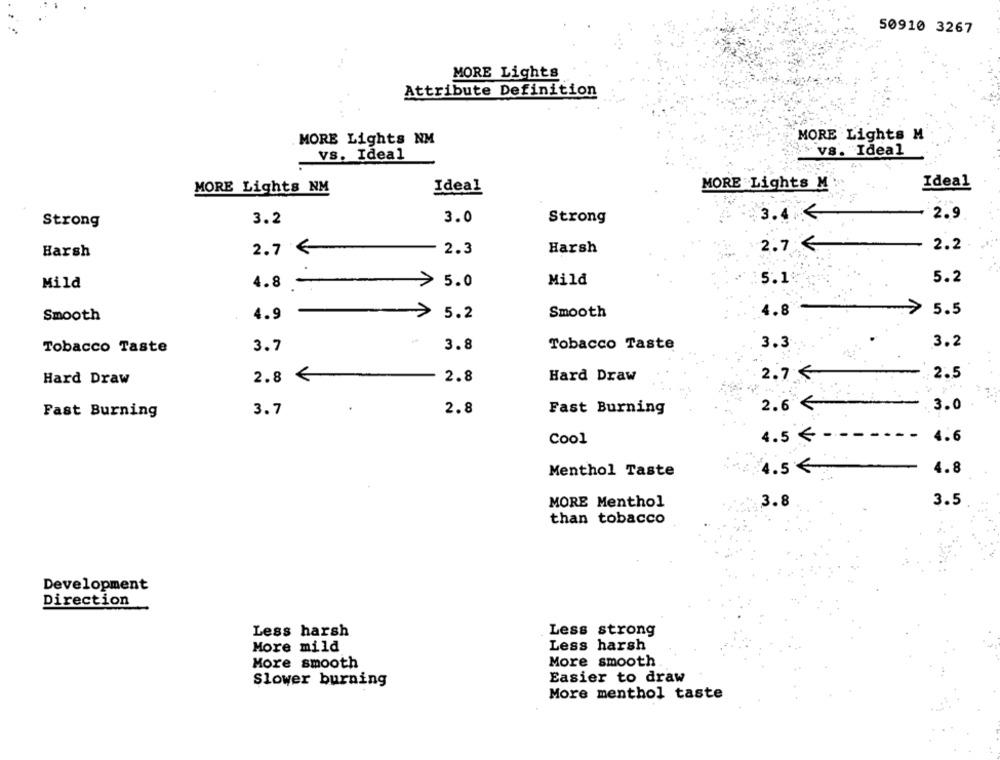
50910 3267
MORE Lights
Attribute Definition
MORE Lights M
MORE Lights NM
vs. Ideal
vs. Ideal
MORE Lights NM
Ideal
MORE Lights M
Ideal
3.2
3.0
Strong
3.4.
2.9
Strong
2.7
2.3
Harsh
2.7
2.2
Harsh
Mild
5.1
5.2
Mild
4.8
>
5.0
4.8
5.5
Smooth
4.9
>
5.2
Smooth
3.2
Tobacco Taste
3.7
3.8
Tobacco Taste
3.3
Hard Draw
2.8 €
2.8
Hard Draw
2.7 €
2.5
3.7
2.8
2.6 €
3.0
Fast Burning
Fast Burning
Cool
4.5 €
4.6
4.5 €
4.8
Menthol Taste
3.8
3.5
MORE Menthol
than tobacco
Development
Direction
Less harsh
Less strong
Less harsh
More mild
More smooth
More smooth
Slower burning
Easier to draw
More menthol taste